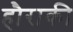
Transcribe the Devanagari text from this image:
हौराकी